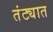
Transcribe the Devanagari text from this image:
तंट्यात